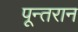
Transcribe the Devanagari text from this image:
पून्तरान